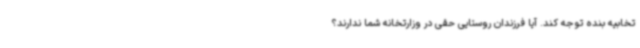
تخابیه بنده توجه کند. آیا فرزندان روستایی حقی در وزارتخانه شما ندارند؟